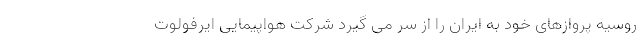
روسیه پروازهای خود به ایران را از سر می گیرد شرکت هواپیمایی ایرفولوت